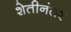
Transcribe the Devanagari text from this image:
शेतीनंतर